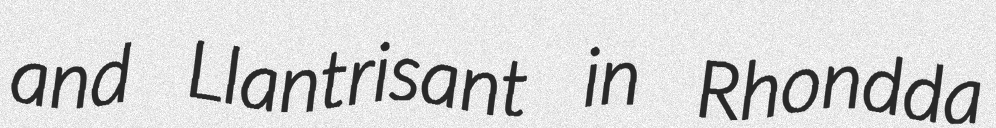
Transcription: and Llantrisant in Rhondda